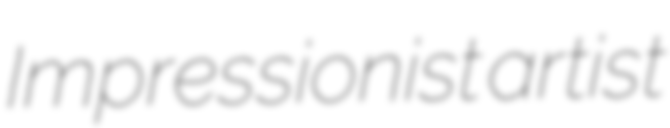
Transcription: Impressionist artist